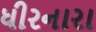
ધીરનારા